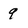
Character: 9